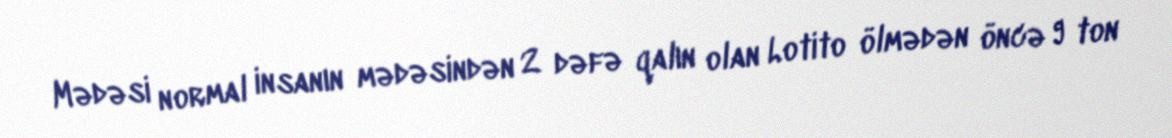
Mədəsi normal insanın mədəsindən 2 dəfə qalın olan Lotito ölmədən öncə 9 ton